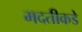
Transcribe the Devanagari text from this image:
मदतीकडे